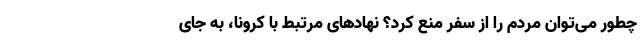
چطور می‌توان مردم را از سفر منع کرد؟ نهادهای مرتبط با کرونا، به جای